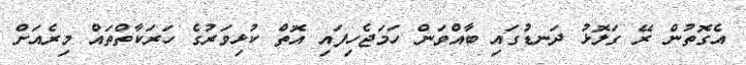
އެގޮތުން ރޭ ގަލޮޅު ދަނޑުގައި ބާއްވަން ހަމަޖެހިފައި އޮތް ކުޅިވަރުގެ ހަރަކާތްތައް މިރެއަށް